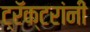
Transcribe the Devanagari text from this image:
ट्रॅक्टरांनी